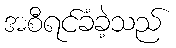
အစီရင်ခံခဲ့သည်